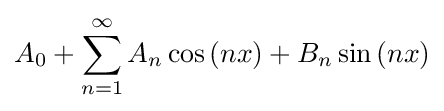
A_{0}+\sum _{n=1}^{\infty }A_{n}\cos {(nx)}+B_{n}\sin {(nx)}